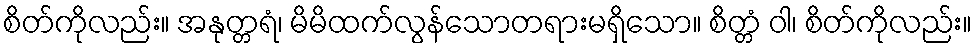
စိတ်ကိုလည်း။ အနုတ္တရံ၊ မိမိထက်လွန်သောတရားမရှိသော။ စိတ္တံ ဝါ၊ စိတ်ကိုလည်း။